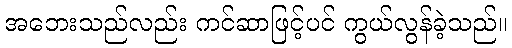
အဘေးသည်လည်း ကင်ဆာဖြင့်ပင် ကွယ်လွန်ခဲ့သည်။